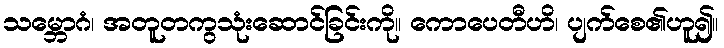
သမ္ဘောဂံ၊ အတူတကွသုံးဆောင်ခြင်းကို။ ကောပေတီဟိ၊ ပျက်စေ၏ဟူ၍။